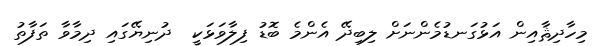
މިހާދިޘާއިން އަޅުގަނޑުމެންނަށް ލިބިދޭ އެންމެ ބޮޑު ފިލާވަޅަކީ  ދުނިޔޭގައި ދިމާވާ ތަފާތު